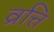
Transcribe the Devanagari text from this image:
व्रत्ति